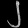
Digit: ၂